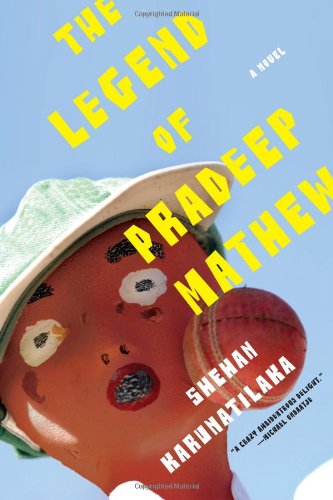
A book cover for The Legend of Pradeep Mathew: A Novel; Shehan Karunatilaka; Sports & Outdoors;